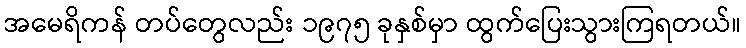
အမေရိကန် တပ်တွေလည်း ၁၉၇၅ ခုနှစ်မှာ ထွက်ပြေးသွားကြရတယ်။